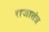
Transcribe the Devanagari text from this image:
राजातंत्र